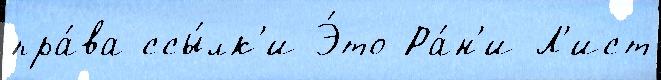
пра́ва ссы́лк'и Э́то Ра́н'и-Л'ист